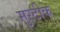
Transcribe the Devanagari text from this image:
मुस्टीक